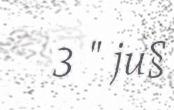
3 " ju§